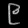
Digit: ၉